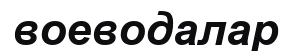
воеводалар